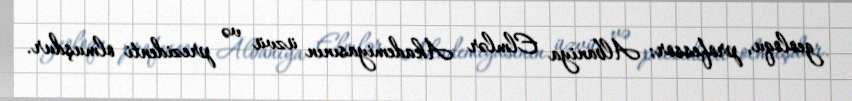
geoloqu, professor; Albaniya Elmlər Akademiyasının üzvü və prezidenti olmuşdur.